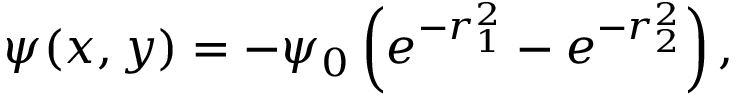
\psi ( x , y ) = - \psi _ { 0 } \left( e ^ { - r _ { 1 } ^ { 2 } } - e ^ { - r _ { 2 } ^ { 2 } } \right) ,